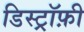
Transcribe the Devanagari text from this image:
डिस्ट्रॉफ़ी